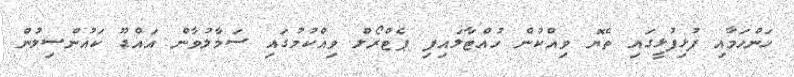
ހަންހަމާއި ފުޅިފުޅީގައި ތެޔޮ ވިއްކުން ހުއްޓާލައިފި ޕެޓްރޯލް ވިއްކުމުގައި ސަމާލުވާން އައްޑޫ ކައުންސިލުން